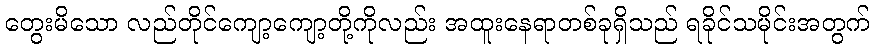
တွေးမိသော လည်တိုင်ကျော့ကျော့တို့ကိုလည်း အထူးနေရာတစ်ခုရှိသည် ရခိုင်သမိုင်းအတွက်